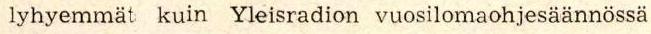
lyhyemmät kuin Yleisradion vuosilomaohjesäännössä